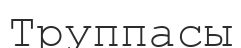
Труппасы